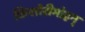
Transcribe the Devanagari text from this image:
किशोरीमोहन्